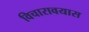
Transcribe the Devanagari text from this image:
विचारावयास